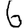
Digit: 6